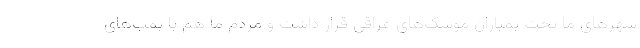
شهرهای ما تحت بمباران موشک‌های عراقی قرار داشت و مردم ما هم با بمب‌های